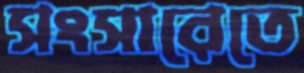
সংসারেতে